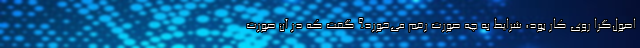
اصول‌گرا روی کار بود، شرایط به چه صورت رقم می‌خورد؟ گفت که در آن صورت